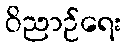
ဝိညာဉ်ရေး